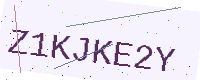
Text: Z1KJKE2Y